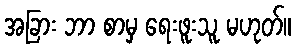
အခြား ဘာ စာမှ ရေးဖူးသူ မဟုတ်။